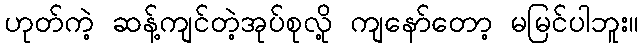
ဟုတ်ကဲ့ ဆန့်ကျင်တဲ့အုပ်စုလို့ ကျနော်တော့ မမြင်ပါဘူး။